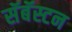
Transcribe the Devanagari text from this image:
सॅबॅस्टन